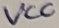
Text: VCC